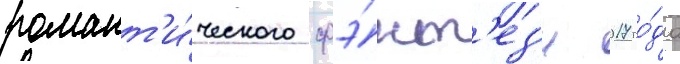
романт'и́ческого фэ́нт'ез'и 2017 го́да